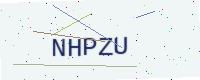
Text: NHPZU